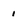
Character: 1